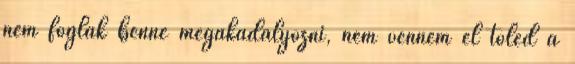
nem foglak benne megakadályozni, nem venném el tőled a